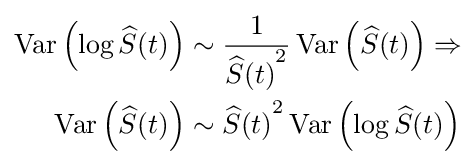
{\begin{aligned}\operatorname {Var} \left(\log {\widehat {S}}(t)\right)&\sim {\frac {1}{{{\widehat {S}}(t)}^{2}}}\operatorname {Var} \left({\widehat {S}}(t)\right)\Rightarrow \\\operatorname {Var} \left({\widehat {S}}(t)\right)&\sim {{{\widehat {S}}(t)}^{2}}\operatorname {Var} \left(\log {\widehat {S}}(t)\right)\end{aligned}}